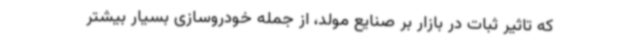
که تاثیر ثبات در بازار بر صنایع مولد، از جمله خودروسازی بسیار بیشتر